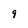
Character: 9